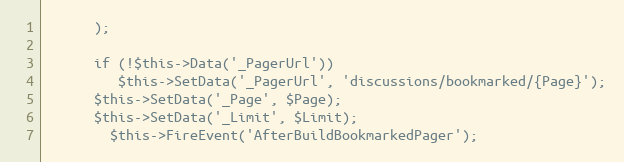
Language: PHP
      );

      if (!$this->Data('_PagerUrl'))
         $this->SetData('_PagerUrl', 'discussions/bookmarked/{Page}');
      $this->SetData('_Page', $Page);
      $this->SetData('_Limit', $Limit);
		$this->FireEvent('AfterBuildBookmarkedPager');